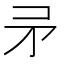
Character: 𭿵